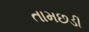
તામછડી